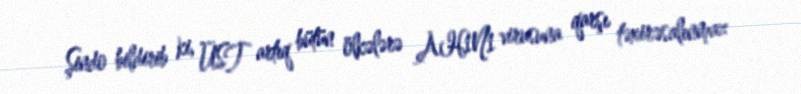
Şindo bildirib ki, ÜST artıq bütün ölkələrə AH1N1 virusuna qarşı təxirəsalınmaz